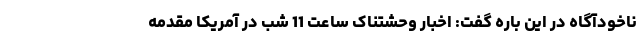
ناخودآگاه در این باره گفت: اخبار وحشتناک ساعت 11 شب در آمریکا مقدمه